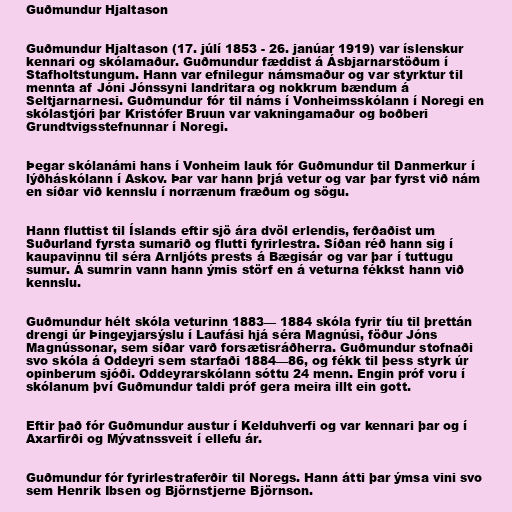
Guðmundur Hjaltason

Guðmundur Hjaltason (17. júlí 1853 - 26. janúar 1919) var íslenskur
kennari og skólamaður. Guðmundur fæddist á Ásbjarnarstöðum í
Stafholtstungum. Hann var efnilegur námsmaður og var styrktur til
mennta af Jóni Jónssyni landritara og nokkrum bændum á
Seltjarnarnesi. Guðmundur fór til náms í Vonheimsskólann í Noregi en
skólastjóri þar Kristófer Bruun var vakningamaður og boðberi
Grundtvigsstefnunnar í Noregi.

Þegar skólanámi hans í Vonheim lauk fór Guðmundur til Danmerkur í
lýðháskólann í Askov. Þar var hann þrjá vetur og var þar fyrst við nám
en síðar við kennslu í norrænum fræðum og sögu.

Hann fluttist til Íslands eftir sjö ára dvöl erlendis, ferðaðist um
Suðurland fyrsta sumarið og flutti fyrirlestra. Síðan réð hann sig í
kaupavinnu til séra Arnljóts prests á Bægisár og var þar í tuttugu
sumur. Á sumrin vann hann ýmis störf en á veturna fékkst hann við
kennslu.

Guðmundur hélt skóla veturinn 1883— 1884 skóla fyrir tíu til þrettán
drengi úr Þingeyjarsýslu í Laufási hjá séra Magnúsi, föður Jóns
Magnússonar, sem síðar varð forsætisráðherra. Guðmundur stofnaði
svo skóla á Oddeyri sem starfaði 1884—86, og fékk til þess styrk úr
opinberum sjóði. Oddeyrarskólann sóttu 24 menn. Engin próf voru í
skólanum því Guðmundur taldi próf gera meira illt ein gott.

Eftir það fór Guðmundur austur í Kelduhverfi og var kennari þar og í
Axarfirði og Mývatnssveit í ellefu ár.

Guðmundur fór fyrirlestraferðir til Noregs. Hann átti þar ýmsa vini svo
sem Henrik Ibsen og Björnstjerne Björnson.